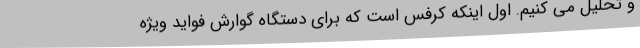
و تحلیل می کنیم. اول اینکه کرفس است که برای دستگاه گوارش فواید ویژه